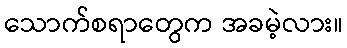
သောက်စရာတွေက အခမဲ့လား။